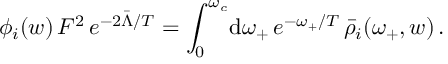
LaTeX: \phi _ { i } ( w ) \, F ^ { 2 } \, e ^ { - 2 \bar { \Lambda } / T } = \int _ { 0 } ^ { \omega _ { c } } \! \mathrm { d } \omega _ { + } \, e ^ { - \omega _ { + } / T } \, \bar { \rho } _ { i } ( \omega _ { + } , w ) \, .